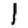
Digit: 1